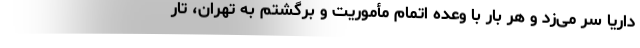
داریا سر می‌زد و هر بار با وعده اتمام مأموریت و برگشتم به تهران، تار